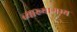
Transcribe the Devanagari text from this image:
व्याख्यागम्य